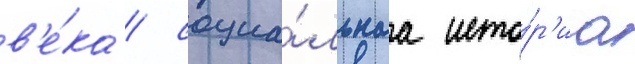
в'е́ка / социа́льнаа исто́р'иа